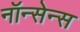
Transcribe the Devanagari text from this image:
नॉन्सेन्स